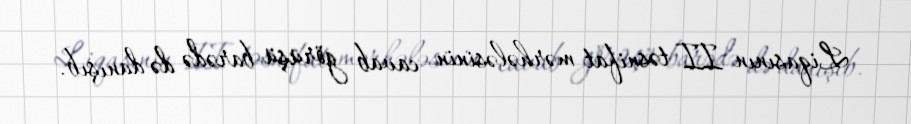
Liqasının II təsnifat mərhələsinin cavab görüşü barədə də danışıb.